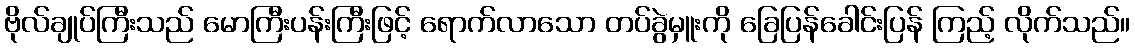
ဗိုလ်ချုပ်ကြီးသည် မောကြီးပန်းကြီးဖြင့် ရောက်လာသော တပ်ခွဲမှူးကို ခြေပြန်ခေါင်းပြန် ကြည့် လိုက်သည်။